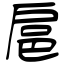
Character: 扈